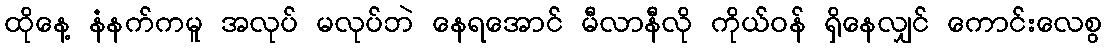
ထိုနေ့ နံနက်ကမူ အလုပ် မလုပ်ဘဲ နေရအောင် မီလာနီလို ကိုယ်ဝန် ရှိနေလျှင် ကောင်းလေစွ